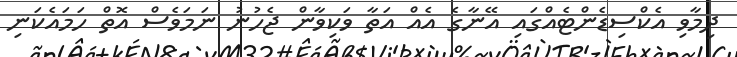
ދިމާވި އެކްސިޑެންޓެއްގައި އޭނާގެ އެއް އަތާ ވަކިވާން ޖެހުނު ނަމަވެސް އޮތް ހަމައެކަނި